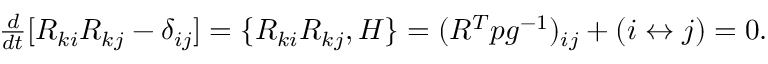
\begin{array} { r } { \frac { d } { d t } [ R _ { k i } R _ { k j } - \delta _ { i j } ] = \{ R _ { k i } R _ { k j } , H \} = ( R ^ { T } p g ^ { - 1 } ) _ { i j } + ( i \leftrightarrow j ) = 0 . } \end{array}